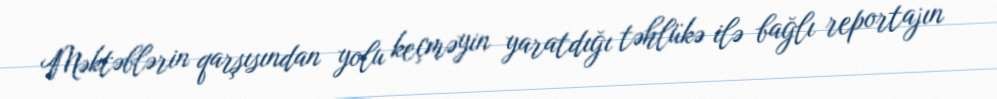
Məktəblərin qarşısından yolu keçməyin yaratdığı təhlükə ilə bağlı reportajın